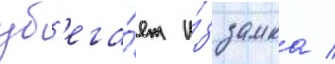
уб'ега́ет и́з замка /